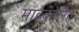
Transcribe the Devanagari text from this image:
माइकोलैव